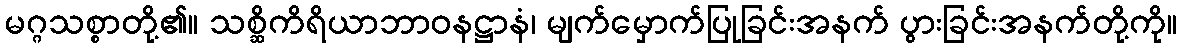
မဂ္ဂသစ္စာတို့၏။ သစ္ဆိကိရိယာဘာဝနဋ္ဌာနံ၊ မျက်မှောက်ပြုခြင်းအနက် ပွားခြင်းအနက်တို့ကို။